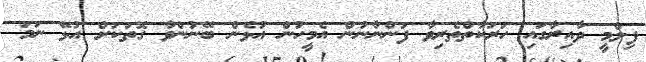
ފިލްމީ ދާއިރާގައި ހަރަކާތްތެރިވާ ފަންނާނުން އެމީހުން އުޅެން ބޭނުންވާ ގޮތަކަށް އުޅޭ ނަމަ